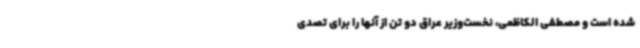
شده است و مصطفی الکاظمی، نخست‌وزیر عراق دو تن از آنها را برای تصدی